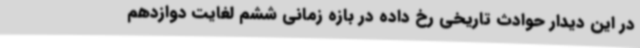
در این دیدار حوادث تاریخی رخ داده در بازه زمانی ششم لغایت دوازدهم